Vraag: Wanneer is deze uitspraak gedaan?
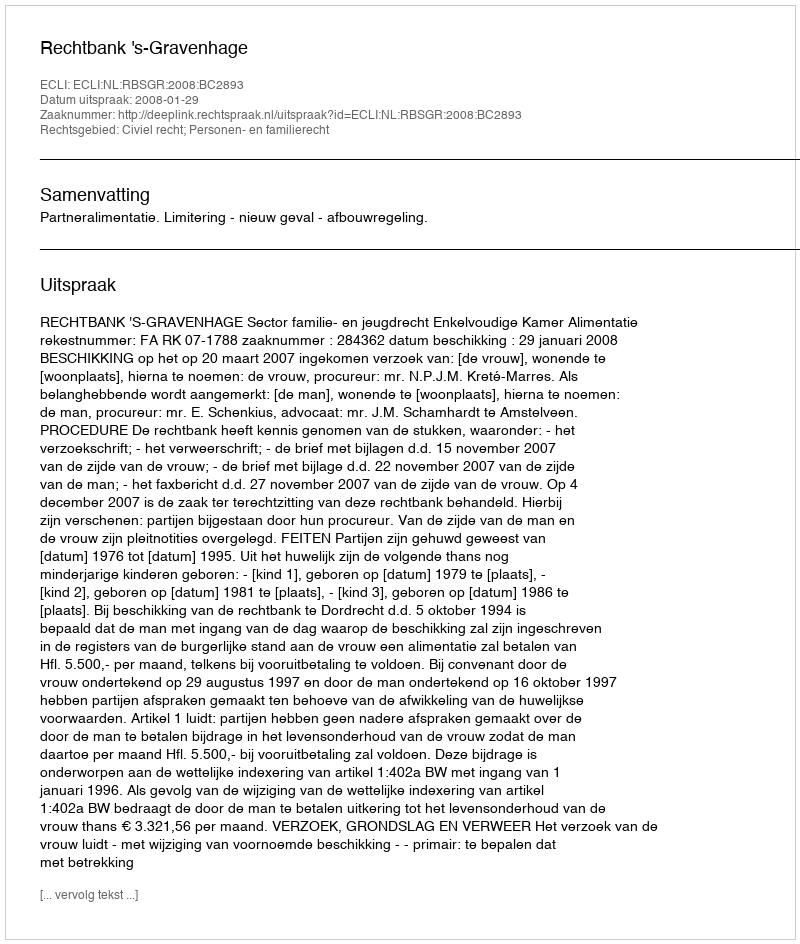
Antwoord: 2008-01-29